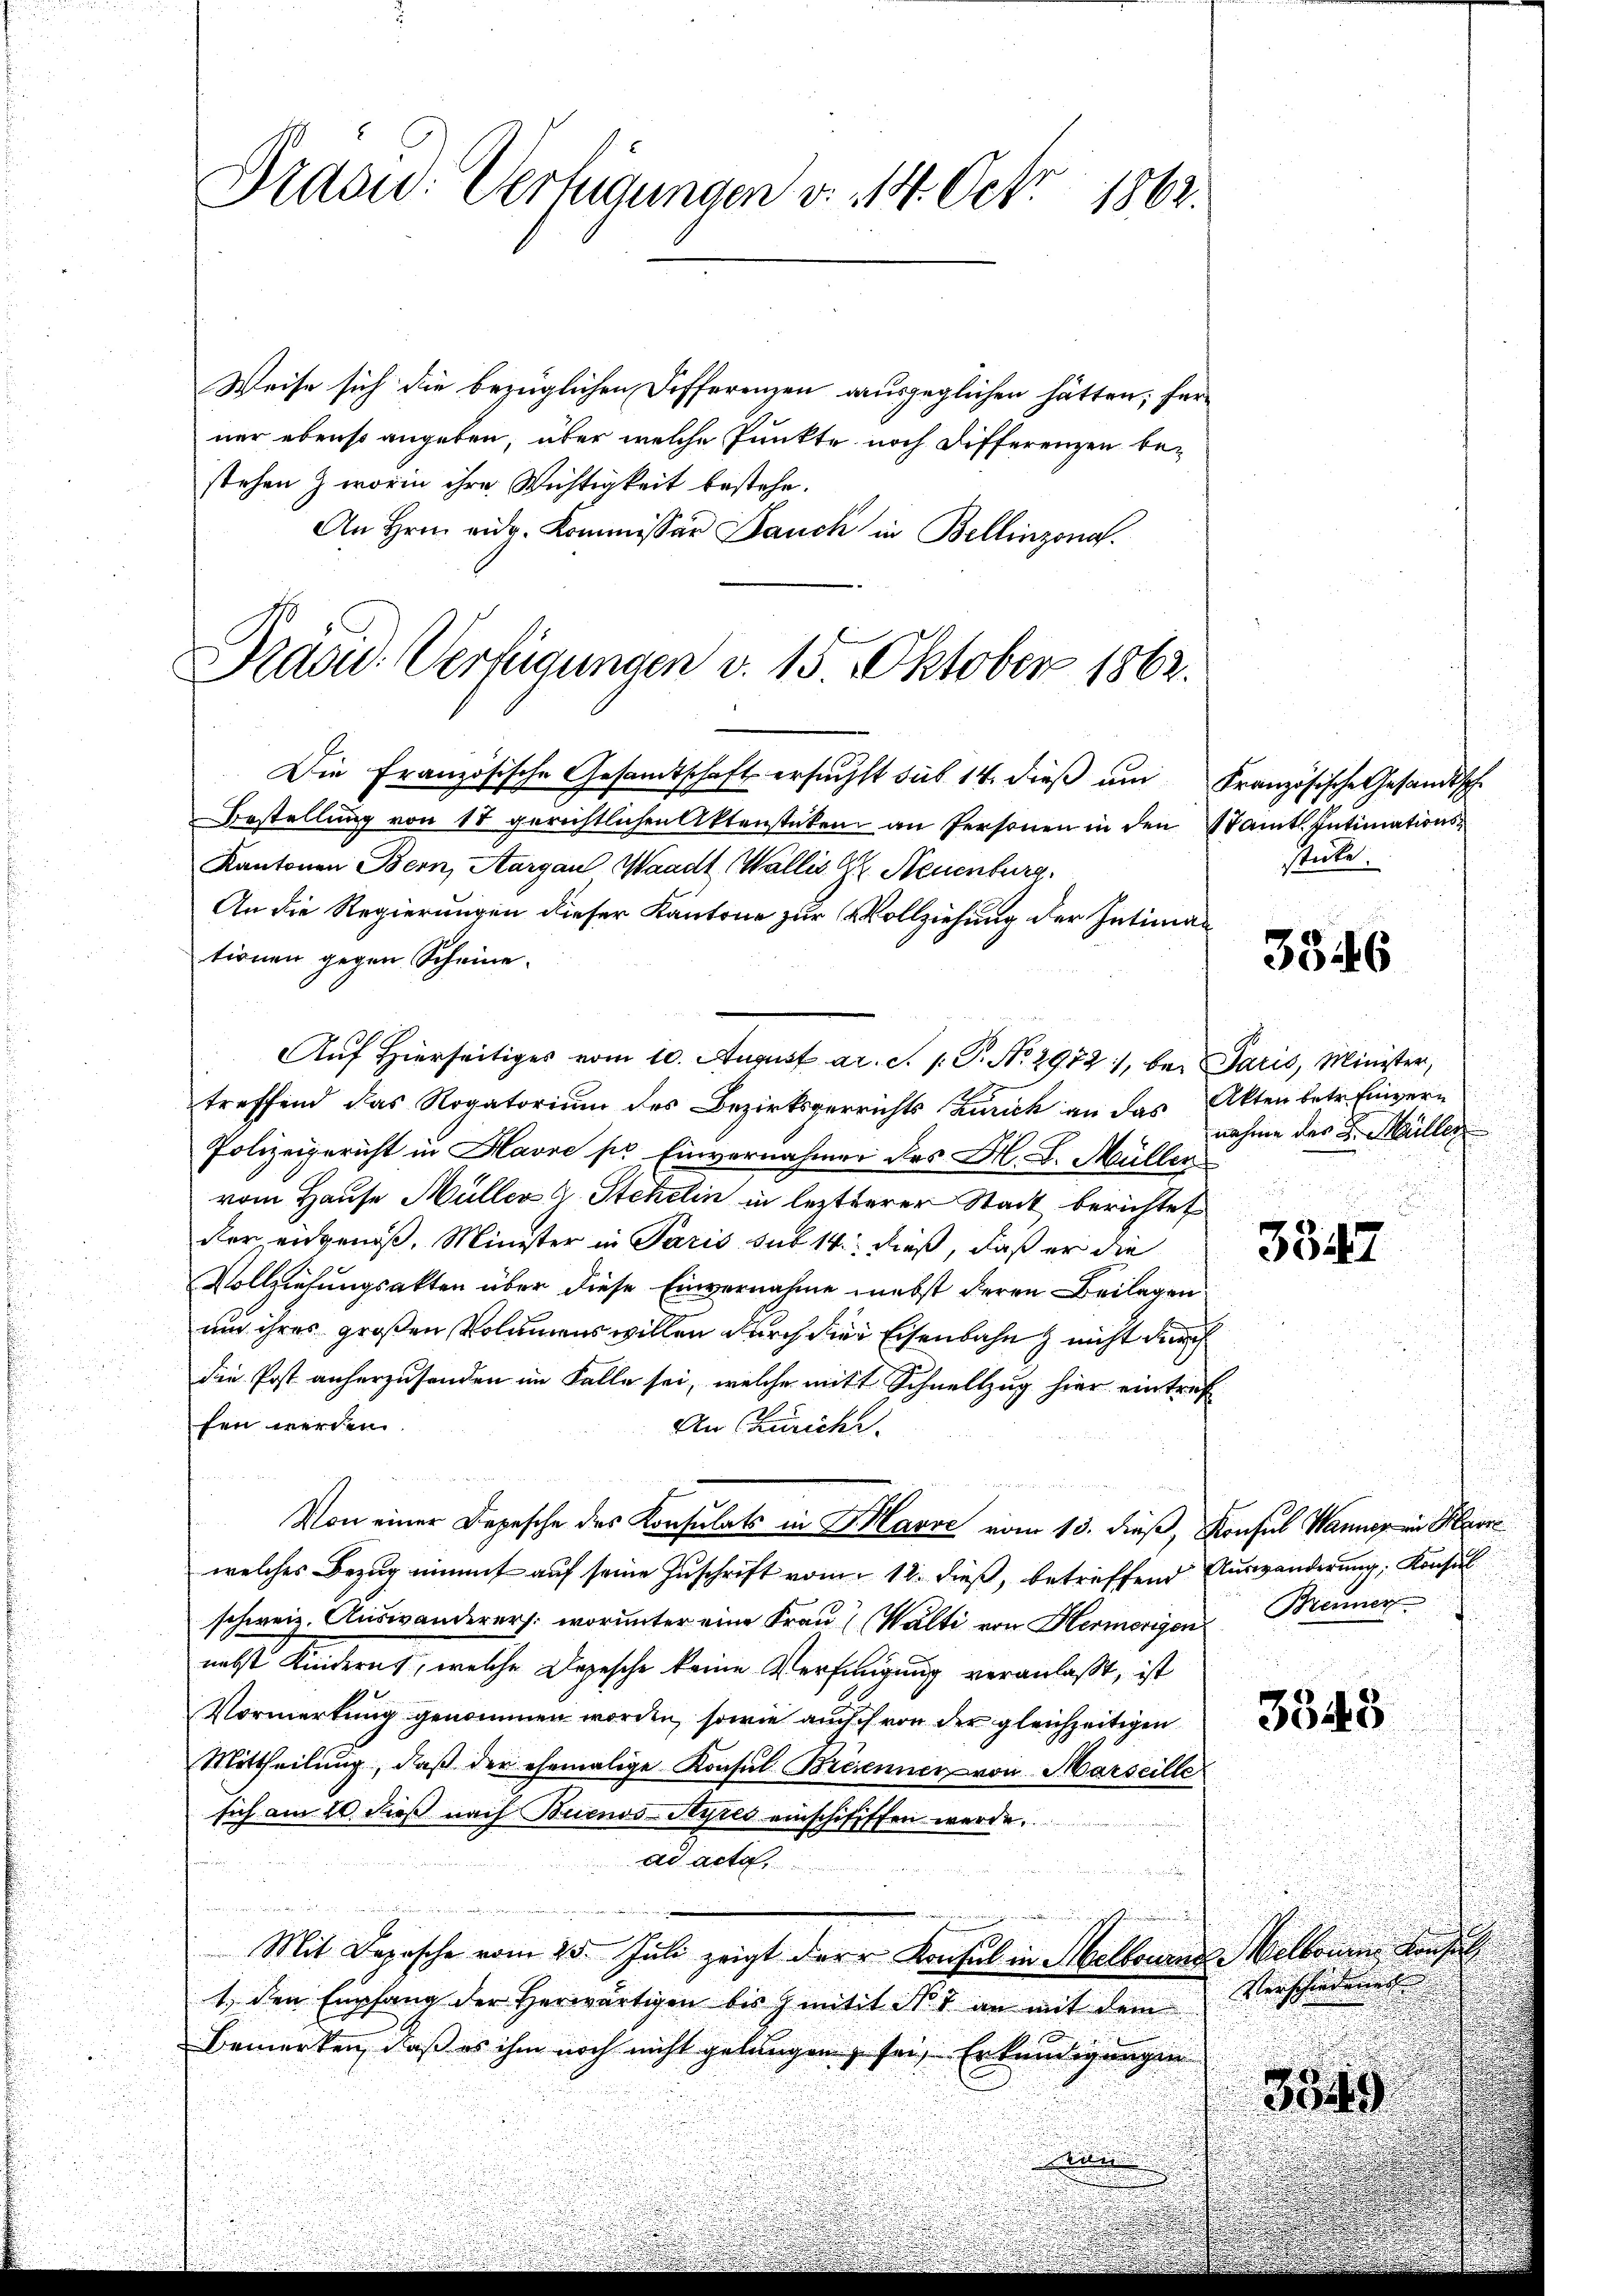
Draon: Vertigungen v. 14. Oct. 1862.

Die Französische Gesamtschaft ersuchst sub 14. dieβ ŭm Französische Gesandtsche

Weise sich die bezüglichen Differenzen ausgeglichen hätten; ferner ebenso angeben, über welche Punkte noch Differenzen bestehen & worin ihre Wichtigkeit bestehe.
An Hrn. vidg. Kommissär Bauch in Bellinzona.
Praad. Verfügungen v. 15. Oktober 1862.

Bestellŭng von 18 gerichtlichen Aktenstüken an Personen in den Stamtl. Intimations-
Kantonen Bern, Aargau, Waadt, Wallis Gr. Neuenburg
An die Regierungen dieser Kantone zur Vollziehung der Intimationen gegen Scheine.
Auf Hierseitiges vom 10. August ac. S. 1. P. Nr. 2972), bei Paris, Minister,
treffend das Rogatorium des Bezirksgerrichts Zürich an das Akten betr. Einvern
Polizeigericht in Havre pr Einvernahmen des Hl. S. Müller
vom Hause Müller G. Stekelin in lezterer Stadt berichtet
der eingenoß. Minister in Paris sub 14. dieß, daß er die
Vollziehungsakten über diese Einvernahme nebst deren Beilagen
um ihres großen Volumens willen durch die Eisenbahn nicht durch
die Post anherzusenden im Falle sei, welche mit Schnellzug hier eintref
fen werden.
An Zürich.
Von einer Depesche des Konsulats in H. Marie vom 13. dieß, Konsul Wanner in Herre
welches Bezug nimmt auf seine Zuschrift vom 12. dieß, betreffend Auswanderung, Konsul
schweiz. Auswanderers. worunter eine Frau Walti von Hermerigen. Meiner
nebst Kinderns, welche Depesche keine Versingung veranlaßt, ist
Vormerkung genommen worden, sowie auch ch von der gleichzeitigen
Mittheilŭng, daβ der ehemalige Konsul Breienner von Marseille
sich am 20. dieß nach Buenos-Ayres einschififfen werde.
ad acta,
d
Mit Depesche vom 25. Juli zeigt der Konsul in Mellonen Melboren konsul
1. den Empfang der Herwärtigen bis zeitit Nr. 1 an mit dem
Bemerken, daß es ihm noch nicht gelangen, sei, Erkundigungen
354
.

sticke.

3346

nahme des L. Meiller
.

3547

3348

Verschäden